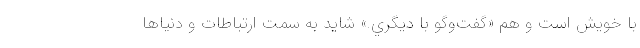
با خويش است و هم «گفت‌وگو با ديگري.» شايد به سمت ارتباطات و دنياها